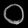
Digit: ၀